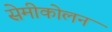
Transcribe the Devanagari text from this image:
सेमीकोलन